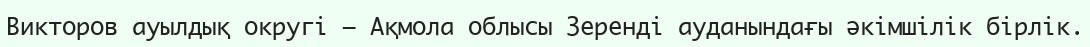
Викторов ауылдық округі – Ақмола облысы Зеренді ауданындағы әкімшілік бірлік.